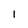
Character: 1